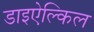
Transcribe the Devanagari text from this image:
डाइऐल्किल